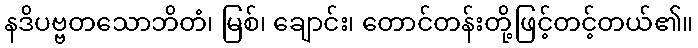
နဒိပဗ္ဗတသောဘိတံ၊ မြစ်၊ ချောင်း၊ တောင်တန်းတို့ဖြင့်တင့်တယ်၏။